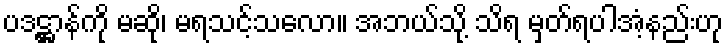
ပဒဋ္ဌာန်ကို မဆို၊ မရသင့်သလော။ အဘယ်သို့ သိရ မှတ်ရပါအံ့နည်းဟု